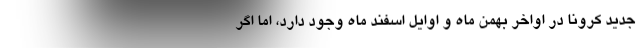
جدید کرونا در اواخر بهمن ماه و اوایل اسفند ماه وجود دارد، اما اگر